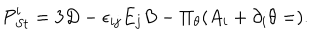
{ \cal P } _ { S t } ^ { i } = 3 D - \epsilon _ { i j } E _ { j } B - \Pi _ { \theta } ( A _ { i } + \partial _ { i } \theta = ) .